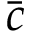
\bar { c }